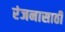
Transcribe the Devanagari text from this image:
रंजनासाठी